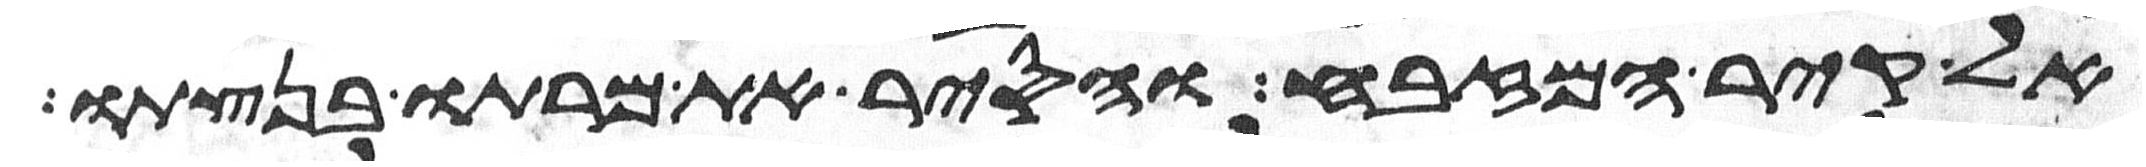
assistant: אל קיר המזבח והסיר את מרתו בנצתו